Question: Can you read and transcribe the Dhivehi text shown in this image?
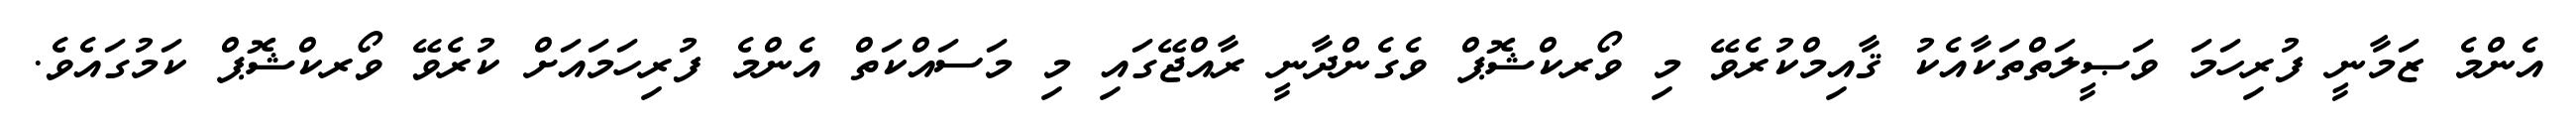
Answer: އެންމެ ޒަމާނީ ފުރިހަމަ ވަޞީލަތްތަކާއެކު ޤާއިމްކުރެވޭ މި ވޯރކްޝޮޕް ވެގެންދާނީ ރާއްޖޭގައި މި މަސައްކަތް އެންމެ ފުރިހަމައަށް ކުރެވޭ ވޯރކްޝޮޕް ކަމުގައެވެ.